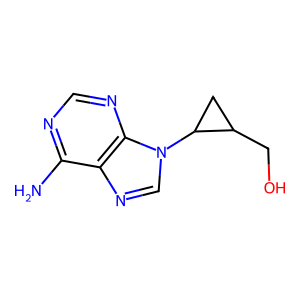
SMILES: Nc1ncnc2c1ncn2C1CC1CO
Inhibits HIV replication: No